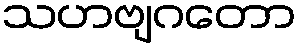
သဟဗျဂတော